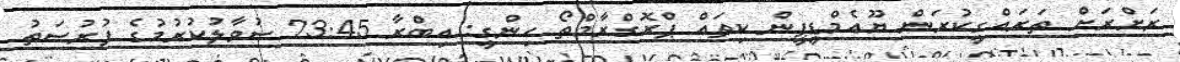
ރަށްރަށް ތަރައްގީކުރަން ޔޫއެމްޑީޕީން ކިތައް ޕްރޮގްރާމްތޯ ހިންގީ: އިބްރާ 23:45 ސުވާލުކުރުމުގެ ފުރުސަތު